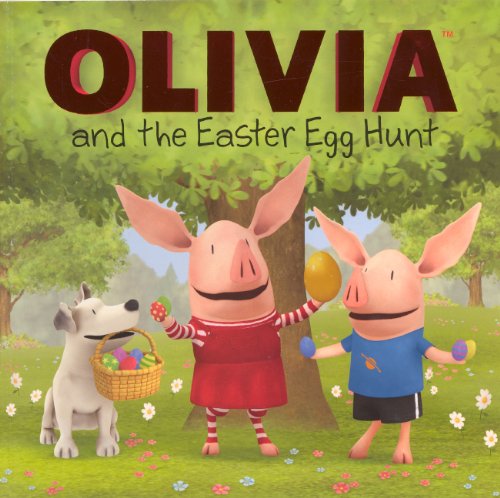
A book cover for Olivia And The Easter Egg Hunt (Turtleback School & Library Binding Edition); Cordelia Evans; Humor & Entertainment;